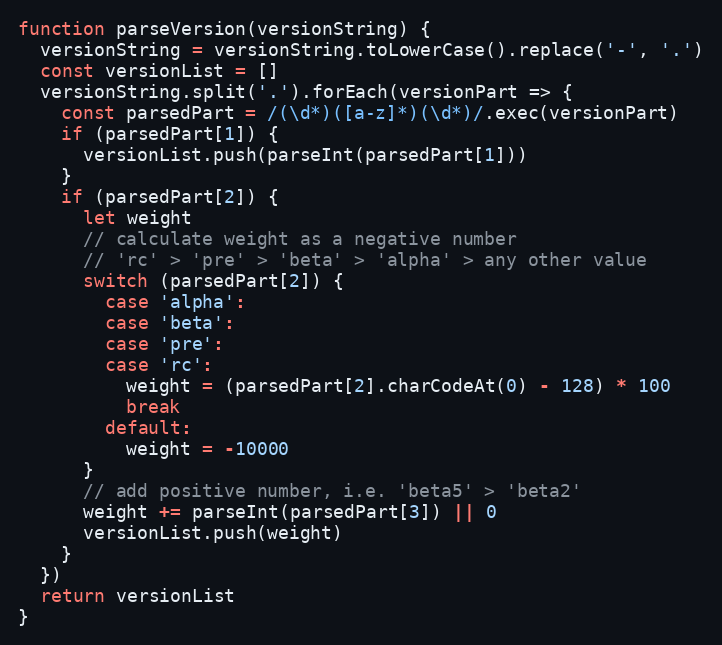
Language: JavaScript
function parseVersion(versionString) {
  versionString = versionString.toLowerCase().replace('-', '.')
  const versionList = []
  versionString.split('.').forEach(versionPart => {
    const parsedPart = /(\d*)([a-z]*)(\d*)/.exec(versionPart)
    if (parsedPart[1]) {
      versionList.push(parseInt(parsedPart[1]))
    }
    if (parsedPart[2]) {
      let weight
      // calculate weight as a negative number
      // 'rc' > 'pre' > 'beta' > 'alpha' > any other value
      switch (parsedPart[2]) {
        case 'alpha':
        case 'beta':
        case 'pre':
        case 'rc':
          weight = (parsedPart[2].charCodeAt(0) - 128) * 100
          break
        default:
          weight = -10000
      }
      // add positive number, i.e. 'beta5' > 'beta2'
      weight += parseInt(parsedPart[3]) || 0
      versionList.push(weight)
    }
  })
  return versionList
}